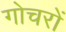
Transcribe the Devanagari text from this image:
गोचरों